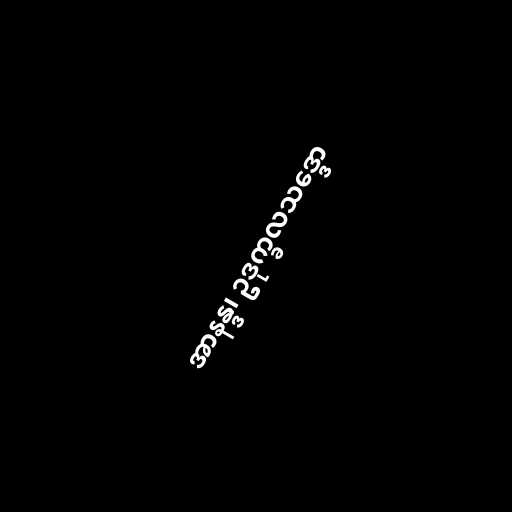
အာနန္ဒ၊ ဥဒုက္ခလသဒ္ဒော